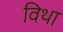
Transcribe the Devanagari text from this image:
विथा